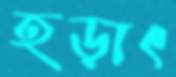
হড়াৎ